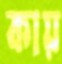
কায়